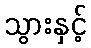
သွားနှင့်